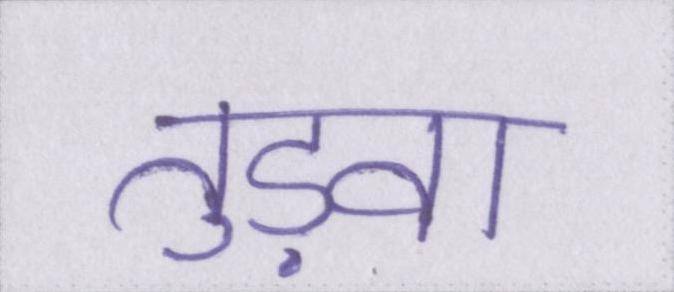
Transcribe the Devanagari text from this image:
तुड़वा